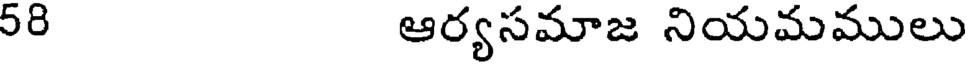
58 ఆర్యసమాజ నియమములు